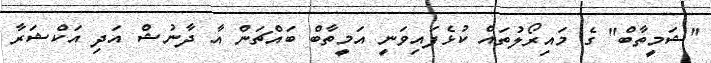
''ޝަމީތާބް'' ގެ މައިރޯލުތައް ކުޅެފައިވަނީ އަމީތާބް ބައްޗަން އާ ދާނުޝް އަދި އަކްޝަރާ